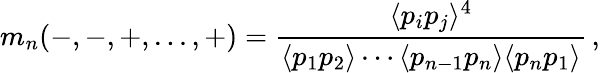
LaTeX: m_{n}(-,-,+,...,+)={\frac{\langle p_{i}p_{j}\rangle^{4}}{\langle p_{1}p_{2}\rangle\cdots\langle p_{n-1}p_{n}\rangle\langle p_{n}p_{1}\rangle}}\, ,